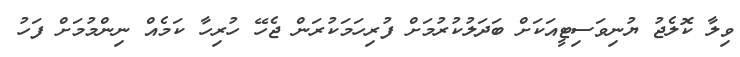
ވިލާ ކޮލެޖު ޔުނިވަސިޓީއަކަށް ބަދަލުކުރުމަށް ފުރިހަމަކުރަން ޖެހޭ ހުރިހާ ކަމެއް ނިންމުމަށް ފަހު